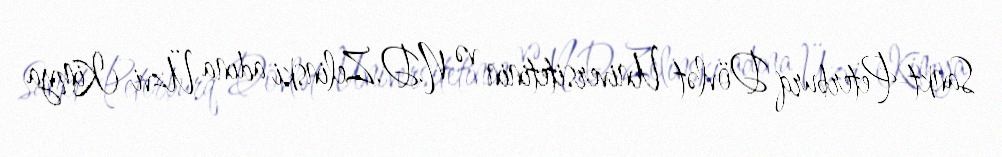
Sankt-Peterburq Dövlət Universitetinin və N.D.Zelinski adına Üzvi Kimya